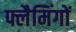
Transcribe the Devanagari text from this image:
फ्लैमिंगों